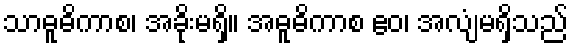
သာဓူဓိကာစ၊ အခိုးမရှိ။ အဓူဓိကာစ ဧဝ၊ အလျံမရှိသည်